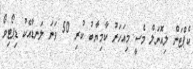
ކެޕްޓަން ލިއޮނަލް މެސީ މިއަހަރު ކާމިޔާބު ކުރި 50 ވަނަ ލަނޑާއެކު ޑިޕޯޓިވޯ